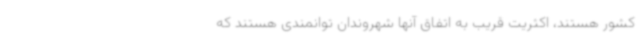
کشور هستند، اکثریت قریب به اتفاق آنها شهروندان توانمندی هستند که